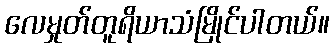
လေမှုတ်တူရိယာသံမြိုင်ပါတယ်။